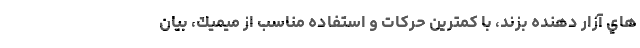
هاي آزار دهنده بزند، با كمترين حركات و استفاده مناسب از ميميك، بيان